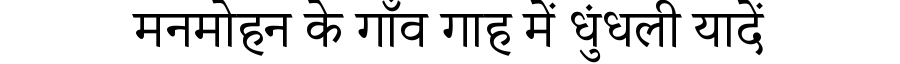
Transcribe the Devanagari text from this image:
मनमोहन के गाँव गाह में धुंधली यादें